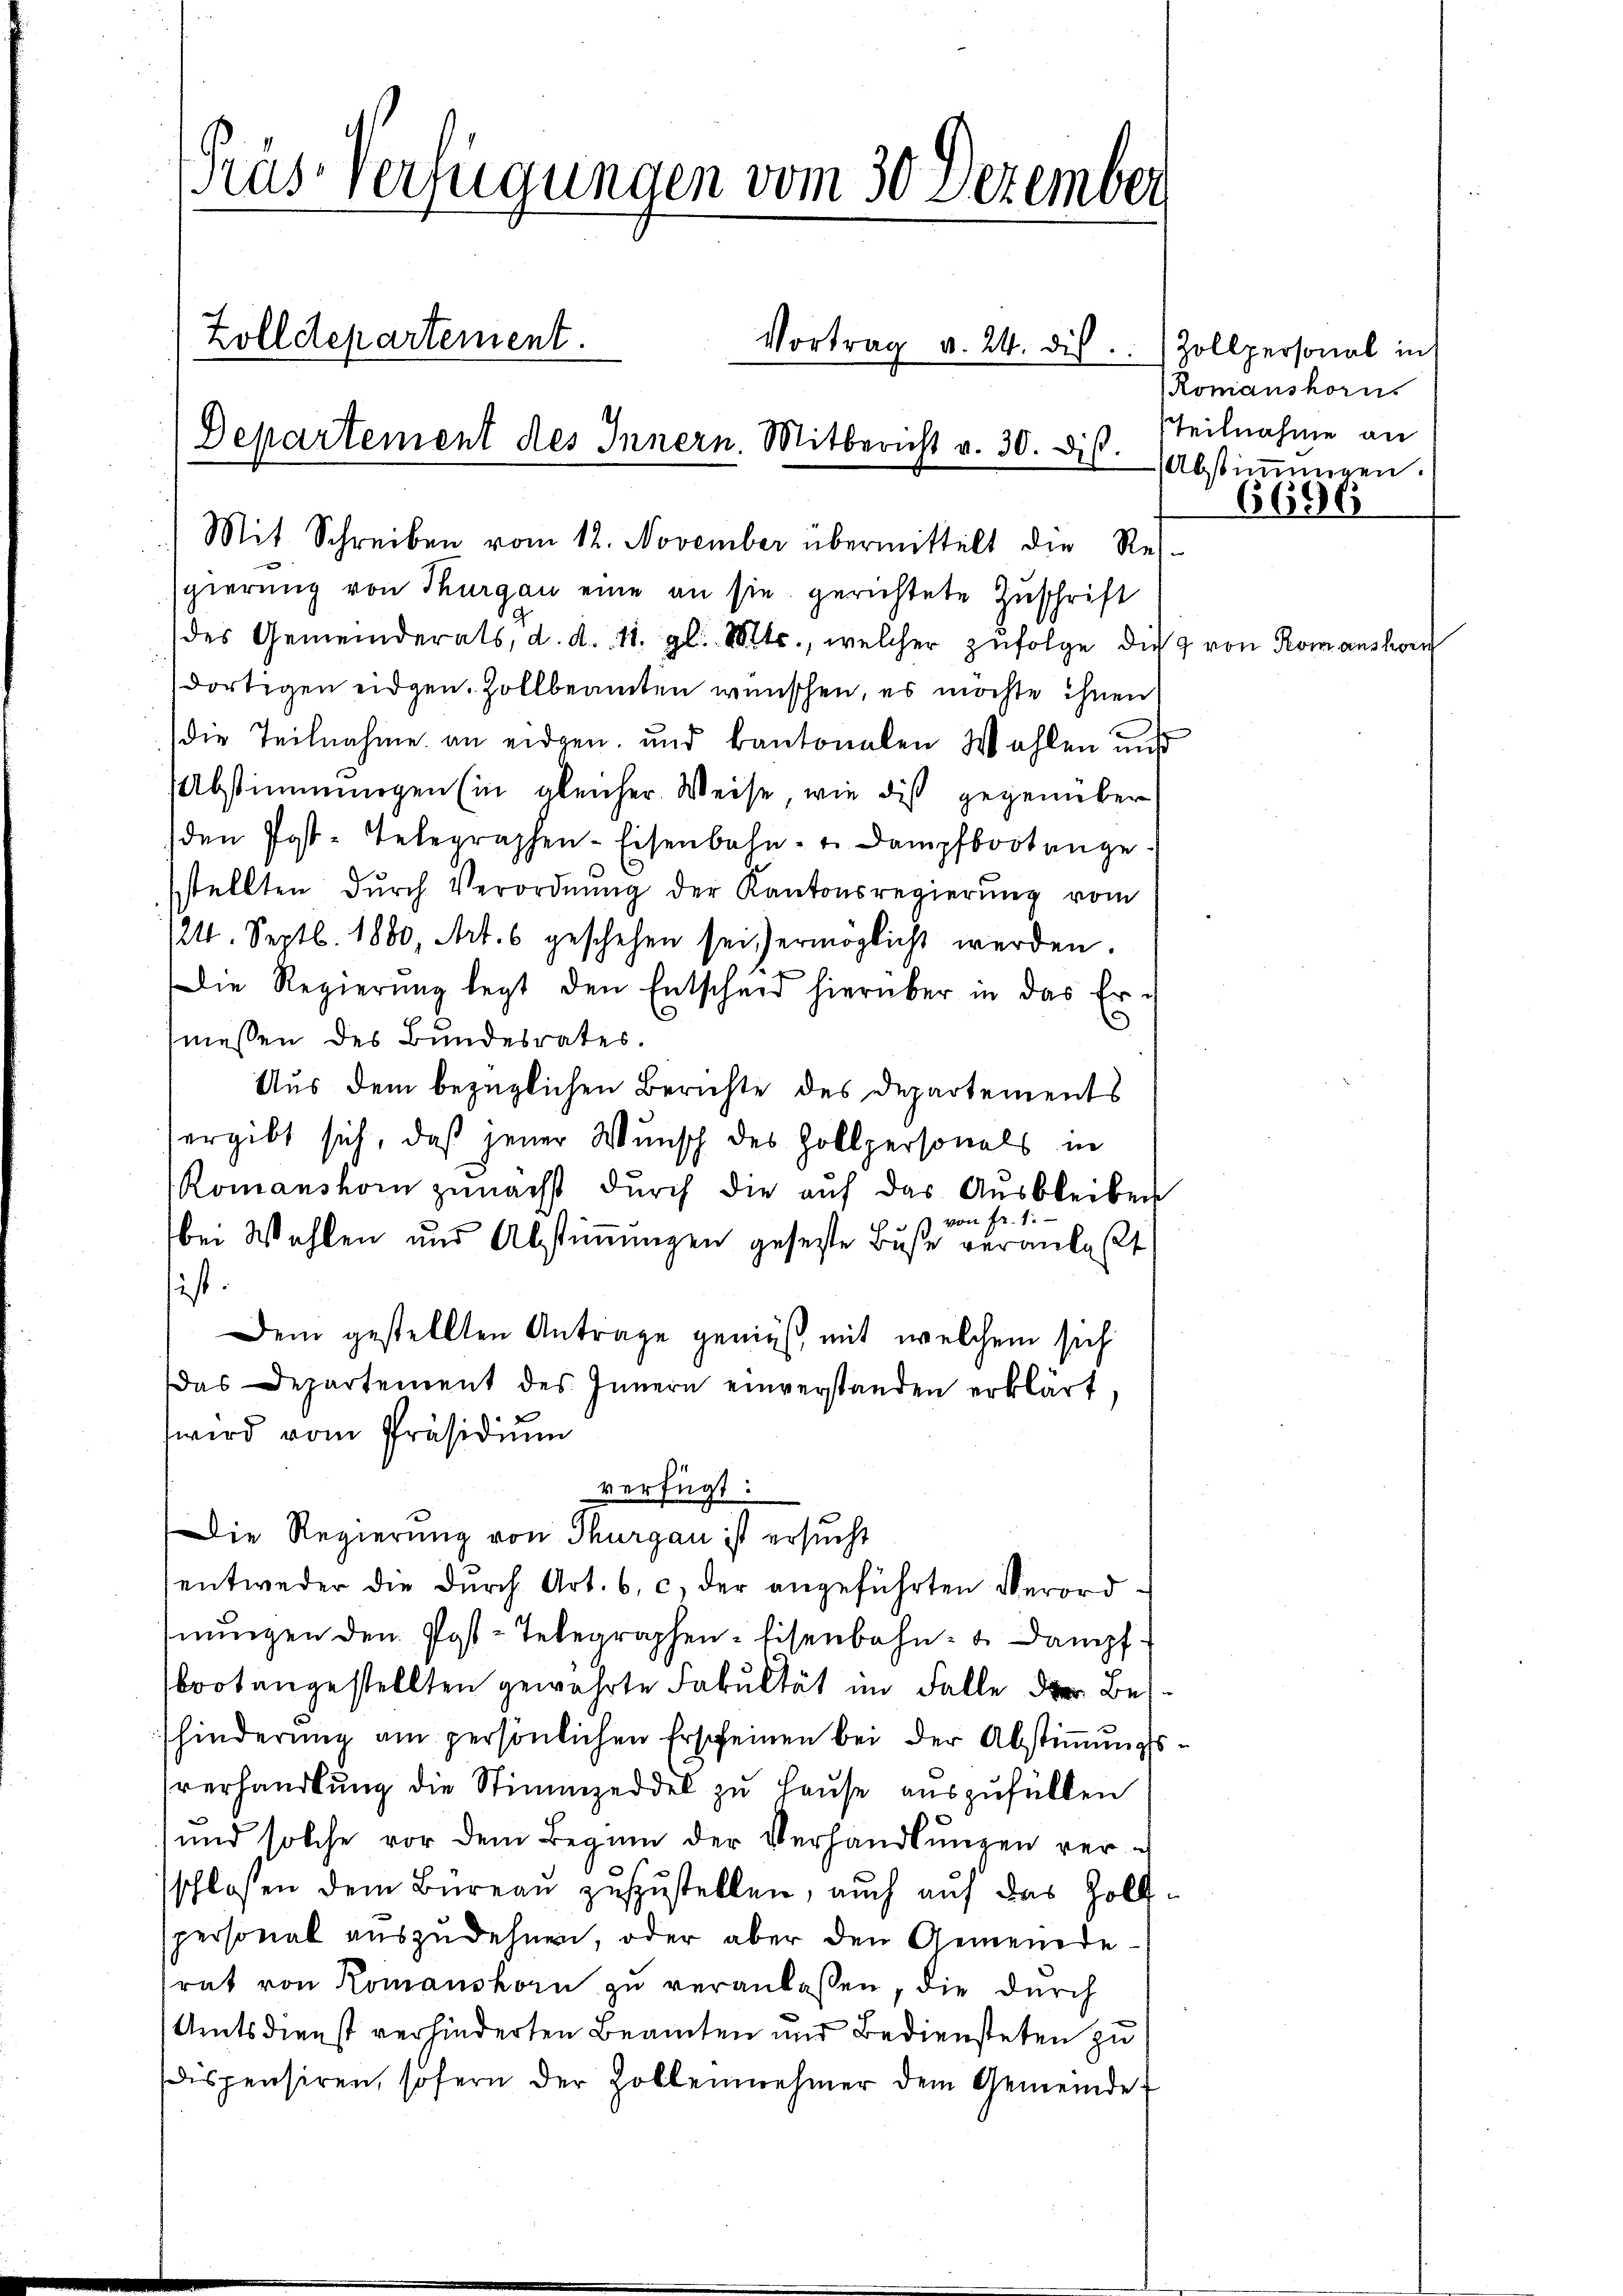
Präs. Verfügungen vom 30 Dezember
Zolldepartement.
Vortrag v. 24. dis
Departement des Innern. Mitbericht v. 30. Dis

Mit Schreiben vom 12. November übermittelt die Res-
gierung von Thurgau eine an sie gerichtete Zuschrift
des Gemeinderats, d. d. 11. gl. Mts., welcher zŭfolge die
dortigen eidgen. Zollbeamten wünschen, es möchte ihnen
die Teilnahme an eidgen. und kantonalen Wahlen und
Abstimmungen (in gleicher Weise, wie dis gegenüber
den Post-Telegraphen-Eisenbahn- u. Dampfboot ange-
stellten dŭrch Verordnŭng der Kantonsregierŭng vom
1211. Septb. 1880, Art. 6 geschehen sei ermöglicht werden.
Die Regierŭng legt den Entscheid hierüber in das Ermessen des Bundesrates.
Aus dem bezüglichen Berichte des Departements
ergibt sich, daß jener Wunsch des Hollpersonals in
Romanshon zunächst dŭrch die aŭf das Ausbleiben
s von Fr. 1.
bei Wahlen und Abstimmungen gesetzte Buße veranlaßt,
ist.
Dem gestellten Antrage genieß, mit welchem sich
Das Departement des Innern einverstanden erklärt.
wird vom Präsidiŭm
verfügt:
Die Regierung von Thurgau ist ersucht
entweder die dŭrch Art. 6, c) der angeführten Verord-
nungen den Post-Telegraphen-Eisenbahn- u. Dampf
brot angestellten gewährte Fakultät im Falle der Beshinderung am persönlichen Erscheinen bei der Abstimmungsverhandlung die Stimmzeddel zu Hause auszufüllen
und solche vor dem Beginn der Verhandlŭngen verschloßen dem Bureau zuzustellen, auch auf das Zollspersonal auszudehnen, oder aber den Gemeinde
rat von Romanshorn zu veranlassen, die durch
Amtsdienst verhinderten Beamten und Bediensteten zu
dispensiren, sofern der Zollennehmer dem Gemeinde

Zollpersonal in
Romanshorns
Teilnahme an
Abstimmungen

6

7 von Romanshor